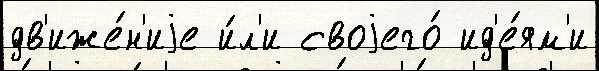
дв'иже́н'иjе и́л'и своjего́ ид'е́ям'и